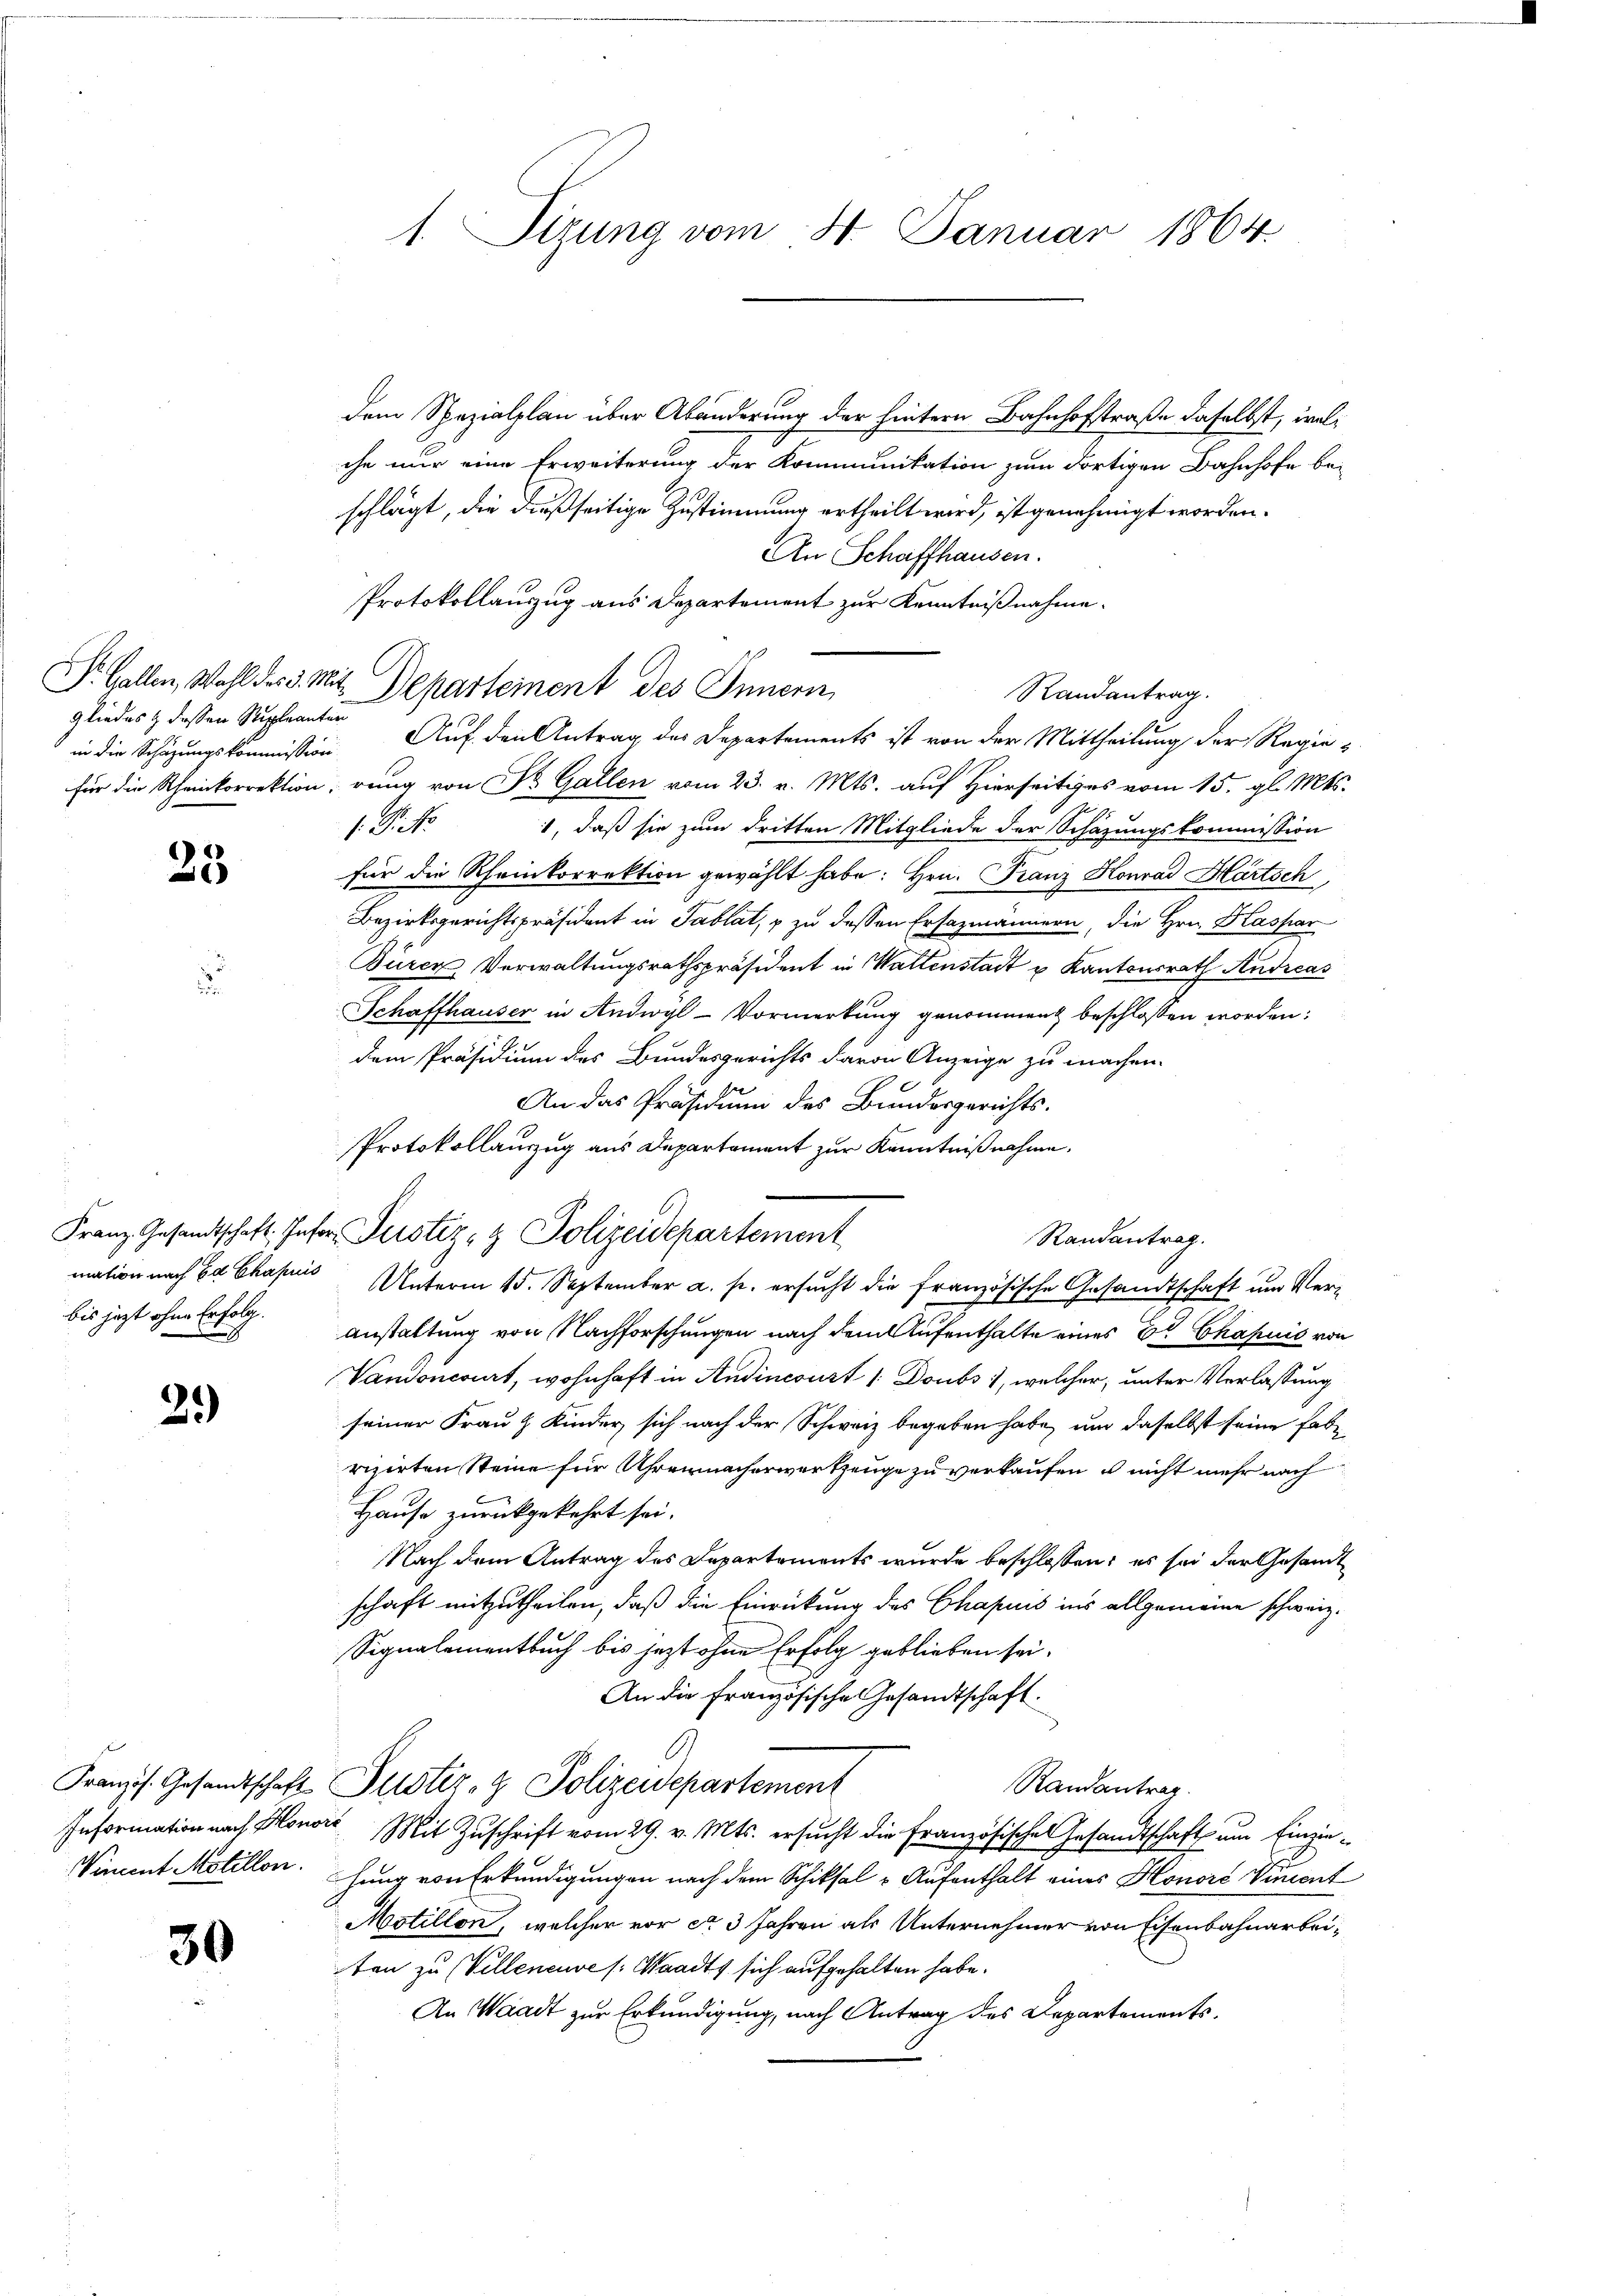
gliedes & dessen Supleanten
in die Schazungskommission

23

bis jezt ohne Erfolg.

29)

30

1. Sizung vom 31. Januar 1864.

dem Spezialplan über Abänderung der hintern Bahnhofstraße daselbst, welche nur eine Erweiterung der Kommunikation zum dortigen Bahnhofe be-
schlägt, die dießseitige Zustimmung ertheilt wird, ist genehmigt worden.
An Schaffhausen.
Protokollauszug aus Departement zur Kenntnißnahme.
Randantrag.
Auf den Antrag des Departements ist von der Mittheilung der Regie
für die Rheinkorrektion, rung von St. Gallen vom 23. v. Mts. auf Hierseitiges vom 15. gl. Mts.
.P. Nr.
1, daß sie zum dritten Mitgliede der Schazungskommission
für die Rheinkorrektion gewählt habe: Hrn. Franz Honrad Hartsch
Bezirksgerichtspräsident in Tablat, & zu dessen Ersazmännern, die Hrn. Kaspar
Büren Verwaltungsrathspräsident in Wattenstadt u Kantonsrath Andreas
Schaffhauser in Andwyl-Vormerkung genommen beschlossen worden:
dem Präsidium des Bundesgerichts davon Anzeige zu machen.
An das Präsidium des Bundesgerichts-
Protokollauszug aus Departement zur Kenntnißnahme.
Franz Gesandtschaft. Infer Justiz- & Polizeidepartement
Randantrag.
mation nach Ed Chapuis Unterm 15. September a. p. ersucht die französische Gesandtschaft um Veranstaltung von Nachforschungen nach dem Aufenthalte eines et Chapuis von
Vandoncourt, wohnhaft in Ansincourt 1 Doubs 1, welcher, unter Verlassung
seiner Frau & Kinder sich nach der Schweiz begeben habe, um daselbst seine habe
rizirten Steine für Uhrenmacherwerkzeuge zu verkaufen u nicht mehr nach
Hause zurückgekehrt sei.
Nach dem Antrag des Departements wurde beschlossen: es sei der Gesandt
schaft mitzutheilen, daß die Einrückung des Chapuis ins allgemeine schweiz.
Signalementbuch bis jezt ohne Erfolg geblieben sei.
An die Französische Gesandtschaft.
Französ. Gesandtschaft Justiz- & Polizeidepartement
Randantrag.
Information nach Honori Mit Zuschrift vom 29. v. Mts. ersucht die Französisches Gesandtschaft um Einzie¬
Wincent Motillen. Jung von Erkundigungen nach dem Schiksal - Aufenthalt eines Honoré Vincent
Motillon, welcher vor ca 3 Jahren als Unternehmer von Eisenbahnarbeiten zu Velleneuve /: Waadt sich aufgehalten habe.
An Waadt zur Erkundigung, nach Antrag des Departements¬

S. Gallen, Wohl des v. Mit Departement des Innern,